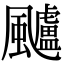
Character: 𩙙